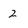
Character: 2